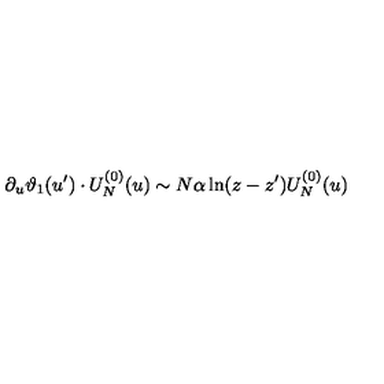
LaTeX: \partial _ { u } \vartheta _ { 1 } ( u ^ { \prime } ) \cdot U _ { N } ^ { ( 0 ) } ( u ) \sim N \alpha \ln ( z - z ^ { \prime } ) U _ { N } ^ { ( 0 ) } ( u )